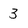
Character: 3